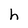
Character: h